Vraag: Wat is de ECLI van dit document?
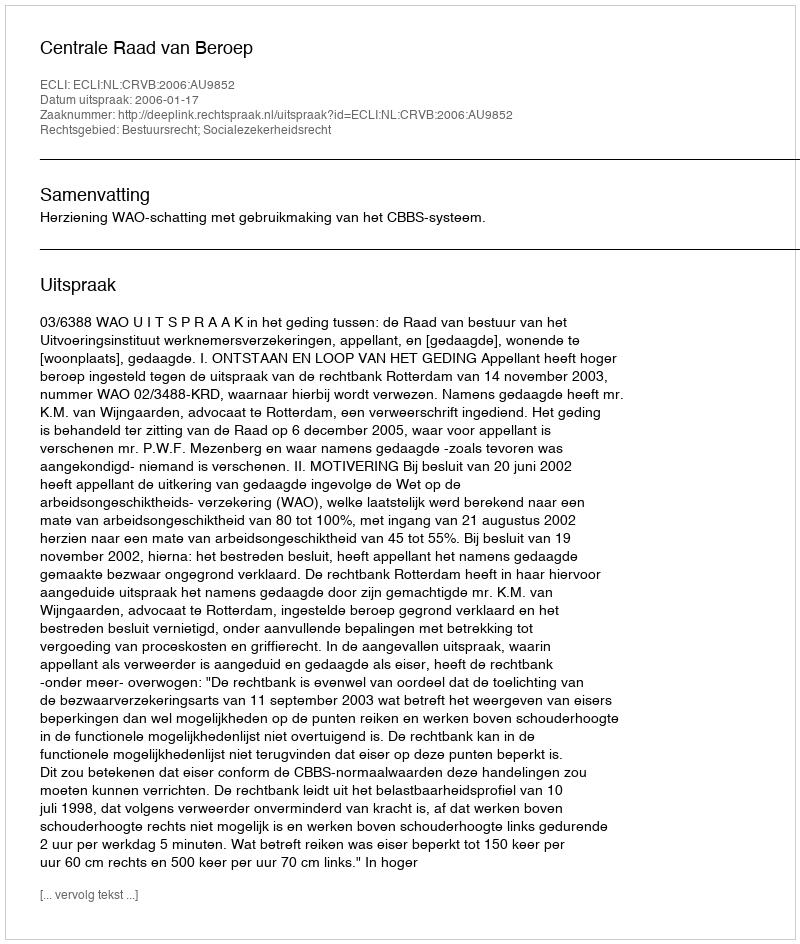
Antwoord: ECLI:NL:CRVB:2006:AU9852